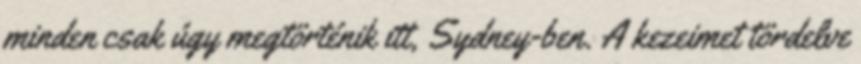
minden csak úgy megtörténik itt, Sydney-ben. A kezeimet tördelve